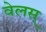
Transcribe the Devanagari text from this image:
वेलस्